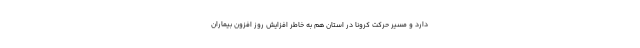
دارد و مسیر حرکت کرونا در استان هم به خاطر افزایش روز افزون بیماران